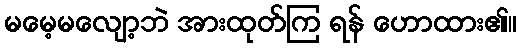
မမေ့မလျော့ဘဲ အားထုတ်ကြ ရန် ဟောထား၏။